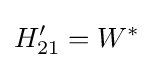
H'_{21}=W^{*}